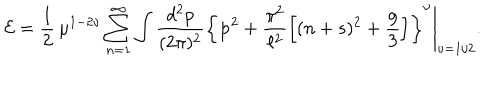
{ \cal E } = \frac { 1 } { 2 } \, \mu ^ { 1 - 2 \nu } \sum _ { n = 1 } ^ { \infty } \int \frac { d ^ { 2 } p } { ( 2 \pi ) ^ { 2 } } \left\{ { \bf p } ^ { 2 } + \frac { \pi ^ { 2 } } { \ell ^ { 2 } } \left[ ( n + s ) ^ { 2 } + \frac { g } { 3 } \right] \right\} ^ { \nu } \Bigg | _ { \nu = 1 / 2 } .